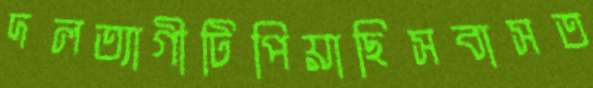
দলত্যাগীটিপিয়াছিসবাসত